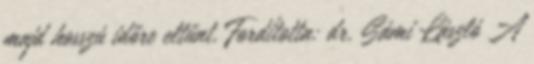
majd hosszú időre eltűnt. Fordította: dr. Sámi László A